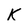
Character: K